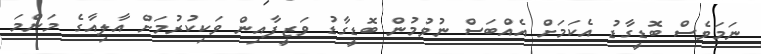
ނަމަވެސް ބޮޑީގާޑު އެކަމަށް އެއްބަސް ނުވުމުން ބޮޑީގާޑު ވަޒީފާއިން ވަކިކުރުމަށް އާލިއާގެ މަންމަ